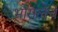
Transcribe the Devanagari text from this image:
भोसलेंचे